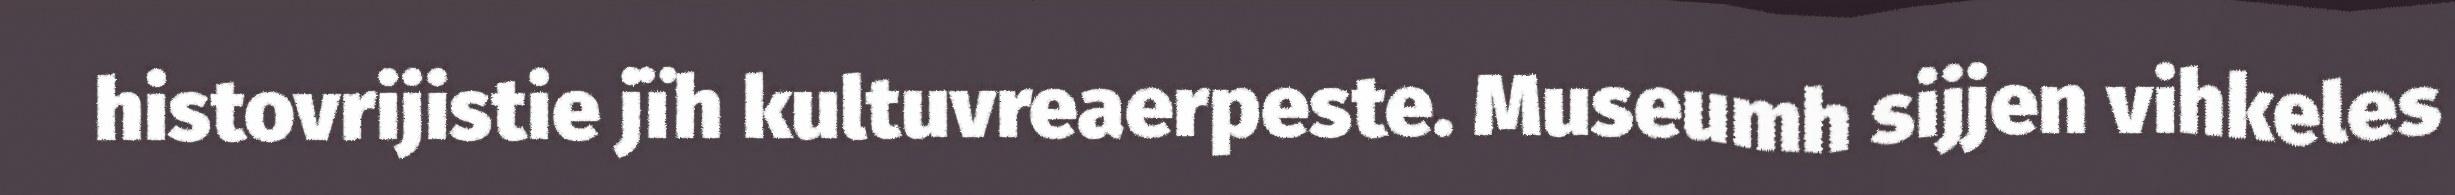
histovrijistie jïh kultuvreaerpeste. Museumh sijjen vihkeles